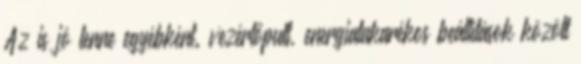
Az is jó lenne egyébként. vezérlőpult, energiatakarékos beállítások között